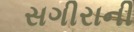
સગીરાની